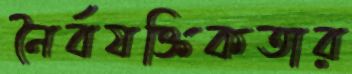
নৈর্বযক্তিকতার